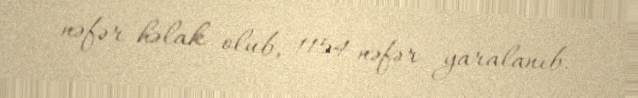
nəfər həlak olub, 1154 nəfər yaralanıb.